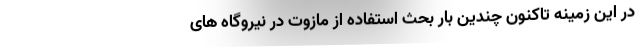
در این زمینه تاکنون چندین بار بحث استفاده از مازوت در نیروگاه های